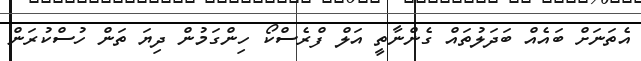
އެތަނަށް ބައެއް ބަދަލުތައް ގެންނާތީ އަލް ފްރެސްކޯ ހިންގަމުން ދިޔަ ތަން ހުސްކުރަން